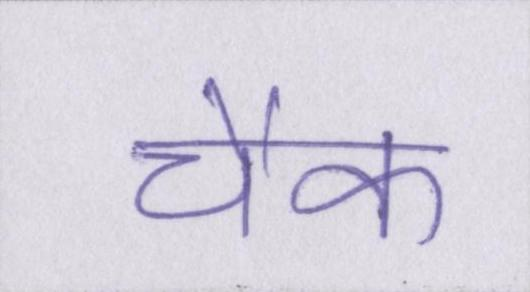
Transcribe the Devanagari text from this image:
चैक